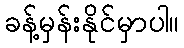
ခန့်မှန်းနိုင်မှာပါ။